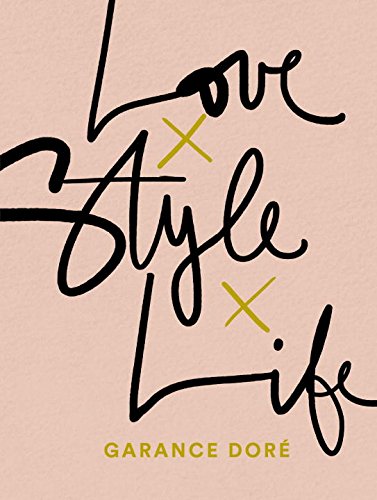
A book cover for Love Style Life; Garance Dore; Arts & Photography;